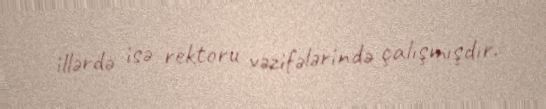
illərdə isə rektoru vəzifələrində çalışmışdır.